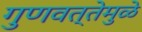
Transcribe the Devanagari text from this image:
गुणवत्तेमुळे